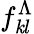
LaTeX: f_{\mathit{k}l}^{\Lambda}